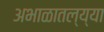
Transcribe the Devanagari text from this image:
अभाळातल्य्या